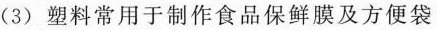
(3)塑料常用于制作食品保鲜膜及方便袋